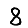
Digit: 8